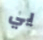
يي